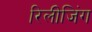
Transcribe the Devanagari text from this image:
रिलीजिंग